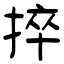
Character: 捽